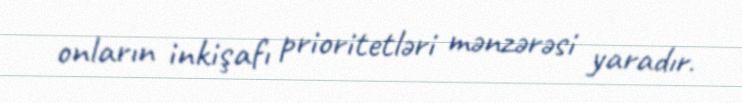
onların inkişafı prioritetləri mənzərəsi yaradır.